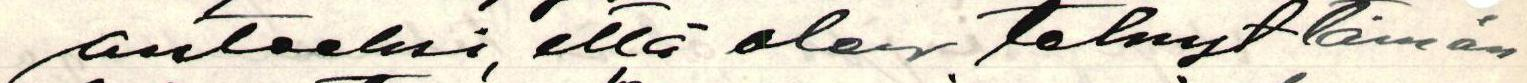
anteeksi, että olen tehnyt tämän